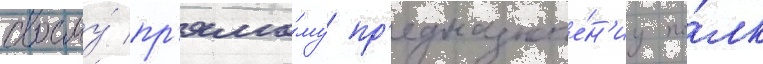
своему́ пр'ямо́му пр'едназначе́н'иу по́лк